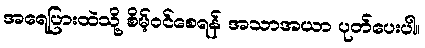
အရေပြားထဲသို့ စိမ့်ဝင်စေရန် အသာအယာ ပုတ်ပေးပါ။